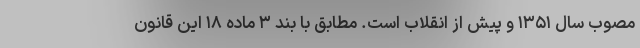
مصوب سال ۱۳۵۱ و پیش از انقلاب است. مطابق با بند ۳ ماده ۱۸ این قانون